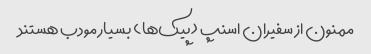
ممنون از سفیران اسنپ (پیک‌ها) بسیار مودب هستند